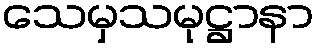
သေမှသမုဋ္ဌာနာ